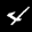
Label: 4